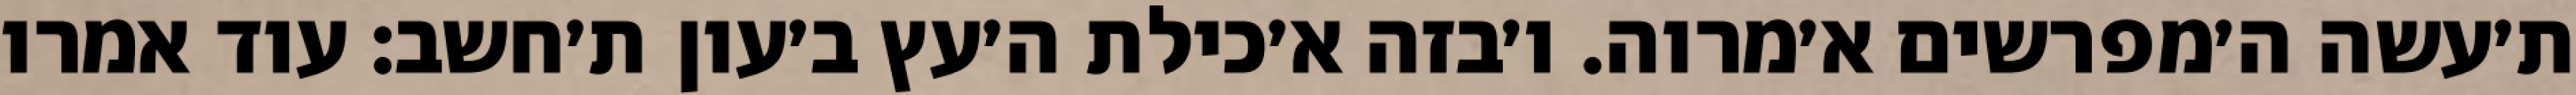
ת׳עשה ה׳מפרשים א׳מרוה. ו׳בזה א׳כילת ה׳עץ ב׳עון ת׳חשב: עוד אמרו